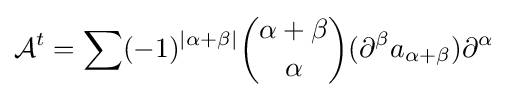
{\mathcal {A}}^{t}=\sum (-1)^{|\alpha +\beta |}{\binom {\alpha +\beta }{\alpha }}(\partial ^{\beta }a_{\alpha +\beta })\partial ^{\alpha }